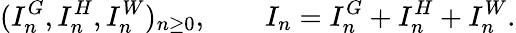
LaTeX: (I_{n}^{G},I_{n}^{H},I_{n}^{W})_{n\geq 0},\qquad I_{n}=I_{n}^{G}+I_{n}^{H}+I_{n}^{W}.